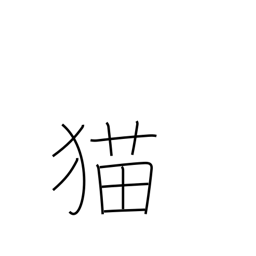
Meaning: cat